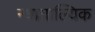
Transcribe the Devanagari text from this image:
न्यायाल्यिक